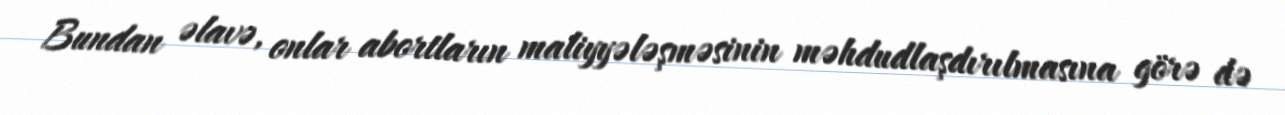
Bundan əlavə, onlar abortların maliyyələşməsinin məhdudlaşdırılmasına görə də